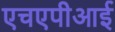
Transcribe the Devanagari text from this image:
एचएपीआई